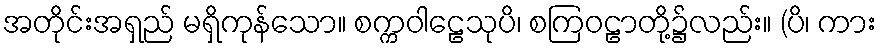
အတိုင်းအရှည် မရှိကုန်သော။ စက္ကဝါဠေသုပိ၊ စကြဝဠာတို့၌လည်း။ (ပိ၊ ကား